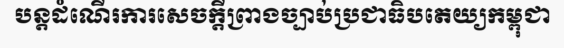
បន្តដំណើរការសេចក្តីព្រាងច្បាប់ប្រជាធិបតេយ្យកម្ពុជា